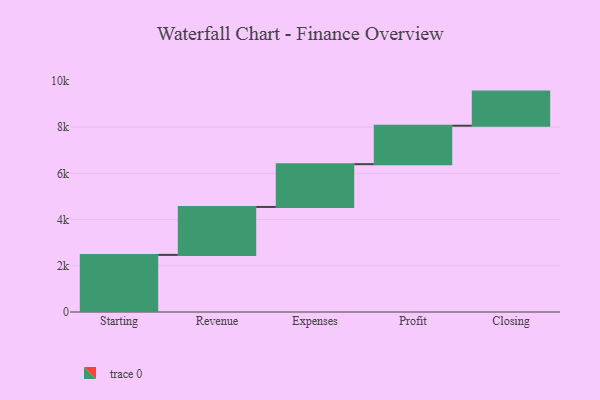
{"axis": {"x": "Step", "y": "Value"}, "legend": [""], "data": [{"x": "Starting", "y": 2471.0, "type": ""}, {"x": "Revenue", "y": 2074.0, "type": ""}, {"x": "Expenses", "y": 1851.0, "type": ""}, {"x": "Profit", "y": 1664.0, "type": ""}, {"x": "Closing", "y": 1476.0, "type": ""}]}